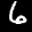
Digit: 6